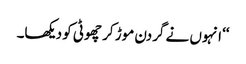
‘‘ انہوں نے گردن موڑ کر چھوٹی کو دیکھا۔